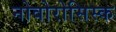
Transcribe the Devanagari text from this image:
नोवोरोसिस्क